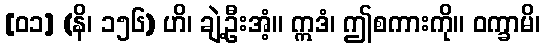
[၀၁] (နိ၊ ၁၅၆) ဟိ၊ ချဲ့ဦးအံ့။ ဣဒံ၊ ဤစကားကို။ ဝက္ခာမိ၊